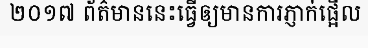
២០១៧ ព័ត៌មាននេះធ្វើឲ្យមានការភ្ញាក់ផ្អើល